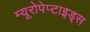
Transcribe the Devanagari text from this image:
म्यूरोपेप्टाइड्स